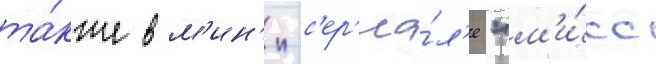
та́кже в м'ин'и-с'ер'иа́л'е "м'и́сс